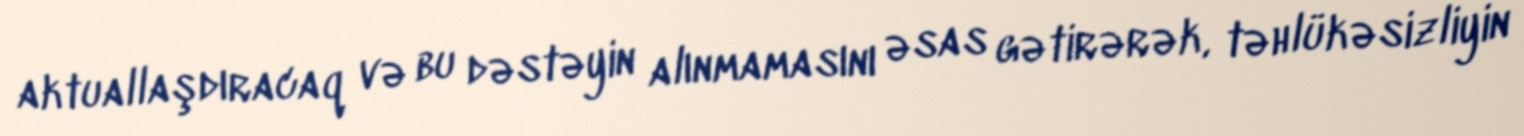
aktuallaşdıracaq və bu dəstəyin alınmamasını əsas gətirərək, təhlükəsizliyin